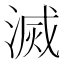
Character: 滅